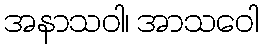
အနာသဝါ၊ အာသဝေါ